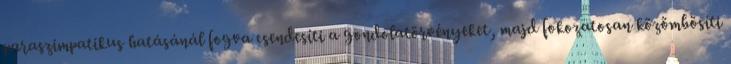
paraszimpatikus hatásánál fogva csendesíti a gondolatörvényeket, majd fokozatosan közömbösíti